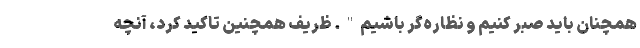
همچنان باید صبر کنیم و نظاره‌گر باشیم". ظریف همچنین تاکید کرد، آنچه